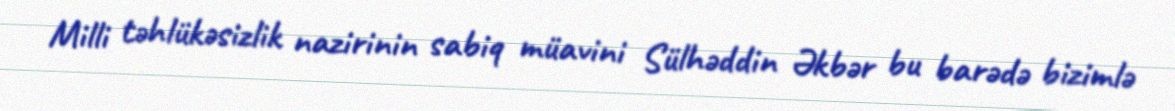
Milli təhlükəsizlik nazirinin sabiq müavini Sülhəddin Əkbər bu barədə bizimlə